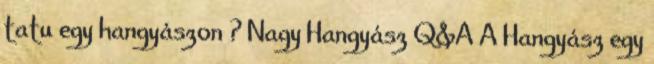
tatu egy hangyászon ? Nagy Hangyász Q&A A Hangyász egy